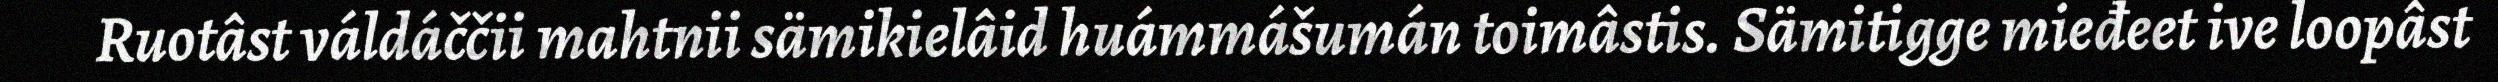
Ruotâst váldáččii mahtnii sämikielâid huámmášumán toimâstis. Sämitigge mieđeet ive loopâst